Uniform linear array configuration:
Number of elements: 8
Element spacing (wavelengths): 1
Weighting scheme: exponential
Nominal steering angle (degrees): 60
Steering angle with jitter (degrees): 61.711
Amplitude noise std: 0.05
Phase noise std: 0.05

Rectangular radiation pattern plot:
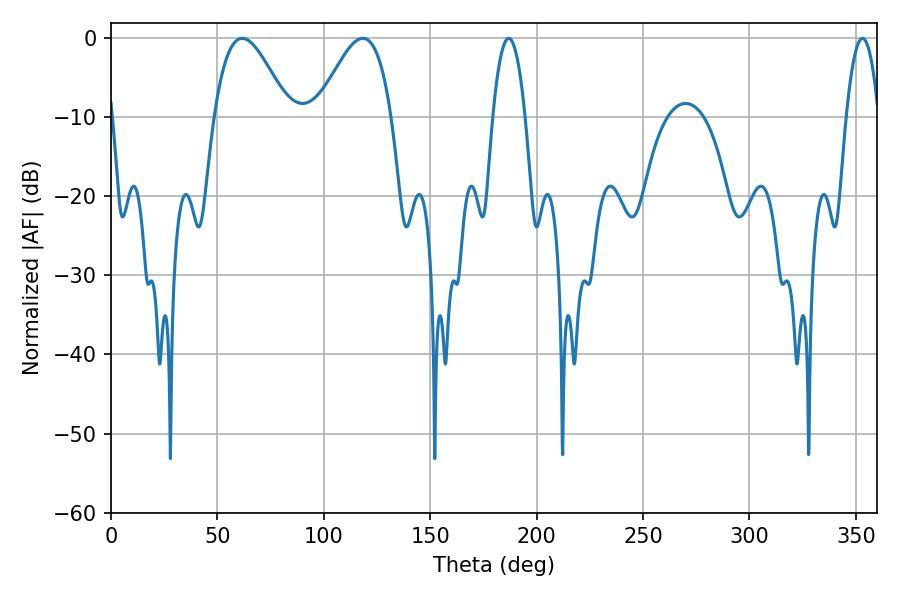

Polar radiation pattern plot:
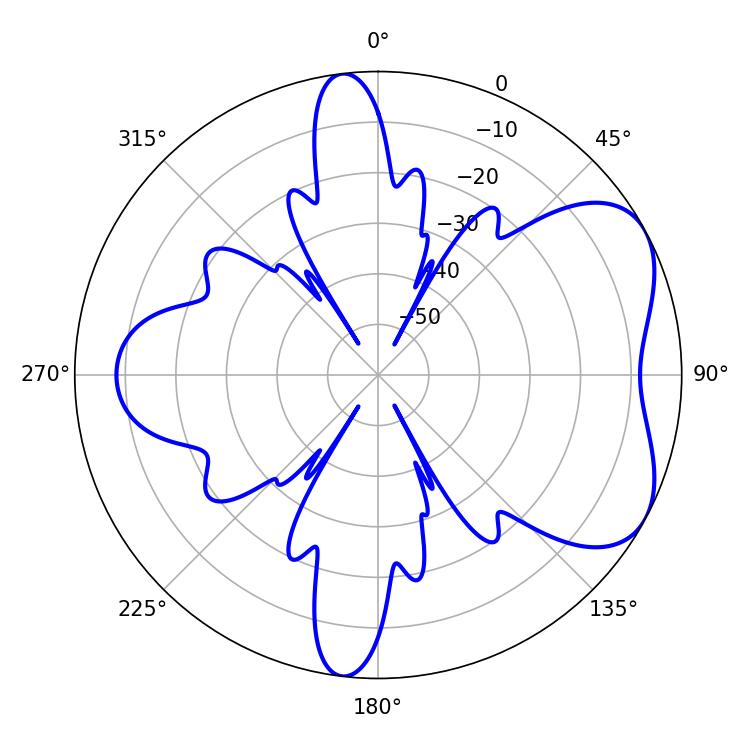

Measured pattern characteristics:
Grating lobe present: TRUE
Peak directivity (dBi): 5.49
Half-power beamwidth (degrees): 18.72
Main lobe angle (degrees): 61.74